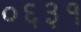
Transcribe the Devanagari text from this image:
०६३१